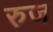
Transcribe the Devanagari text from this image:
रुज